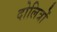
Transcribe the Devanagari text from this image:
दोलित्रों